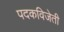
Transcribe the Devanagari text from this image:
पदकविजेती